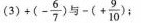
(3) +(-\frac{6}{7})与-(+ \frac{9}{10})；